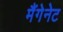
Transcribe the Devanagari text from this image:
मैंगेनेट